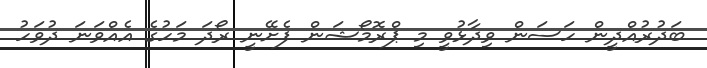
ބަދުރުއްދީން ހަސަން ވިދާޅުވީ މި ޕްރޮމޯޝަން ފެށޭނީ ރޯދަ މަހުގެ އެއްވަނަ ދުވަހު